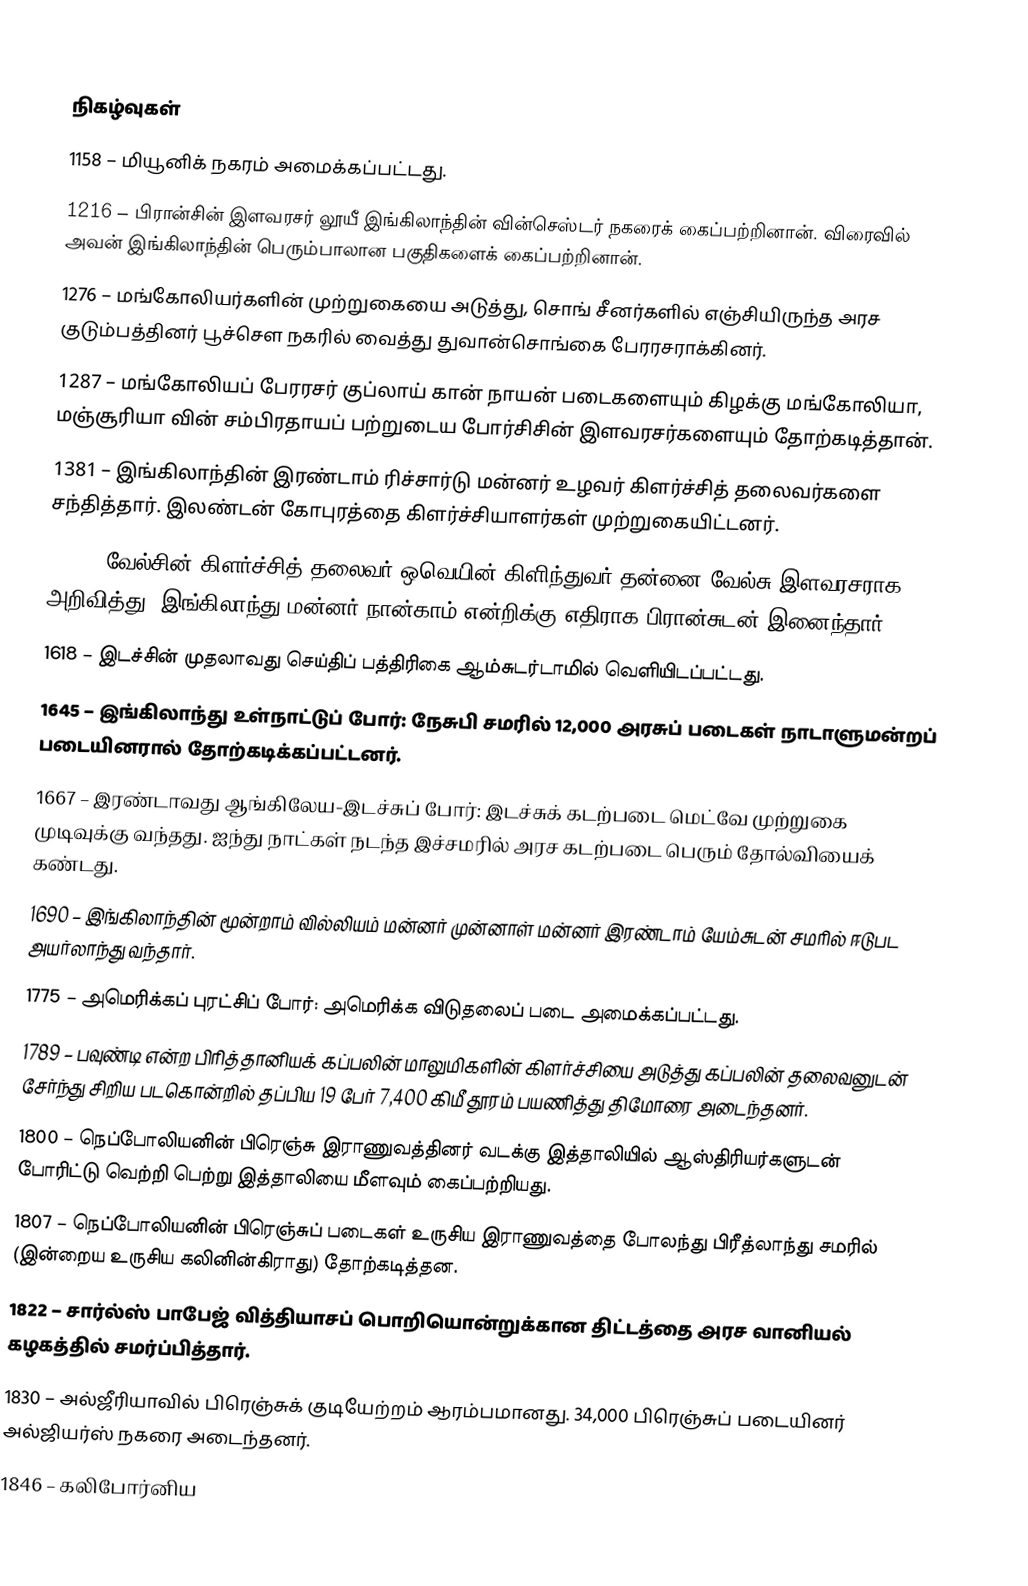

நிகழ்வுகள்
1158 – மியூனிக் நகரம் அமைக்கப்பட்டது.
1216 – பிரான்சின் இளவரசர் லூயீ இங்கிலாந்தின் வின்செஸ்டர் நகரைக் கைப்பற்றினான். விரைவில் அவன் இங்கிலாந்தின் பெரும்பாலான பகுதிகளைக் கைப்பற்றினான்.
1276 – மங்கோலியர்களின் முற்றுகையை அடுத்து, சொங் சீனர்களில் எஞ்சியிருந்த அரச குடும்பத்தினர் பூச்சௌ நகரில் வைத்து துவான்சொங்கை பேரரசராக்கினர்.
1287 – மங்கோலியப் பேரரசர் குப்லாய் கான் நாயன் படைகளையும் கிழக்கு மங்கோலியா, மஞ்சூரியா வின் சம்பிரதாயப் பற்றுடைய போர்சிசின் இளவரசர்களையும் தோற்கடித்தான்.
1381 – இங்கிலாந்தின் இரண்டாம் ரிச்சார்டு மன்னர் உழவர் கிளர்ச்சித் தலைவர்களை சந்தித்தார். இலண்டன் கோபுரத்தை கிளர்ச்சியாளர்கள் முற்றுகையிட்டனர்.
1404 – வேல்சின் கிளர்ச்சித் தலைவர் ஒவெயின் கிளிந்துவர் தன்னை வேல்சு இளவரசராக அறிவித்து, இங்கிலாந்து மன்னர் நான்காம் என்றிக்கு எதிராக பிரான்சுடன் இனைந்தார்.
1618 – இடச்சின் முதலாவது செய்திப் பத்திரிகை ஆம்சுடர்டாமில் வெளியிடப்பட்டது.
1645 – இங்கிலாந்து உள்நாட்டுப் போர்: நேசுபி சமரில் 12,000 அரசுப் படைகள் நாடாளுமன்றப் படையினரால் தோற்கடிக்கப்பட்டனர்.
1667 – இரண்டாவது ஆங்கிலேய-இடச்சுப் போர்: இடச்சுக் கடற்படை மெட்வே முற்றுகை முடிவுக்கு வந்தது. ஐந்து நாட்கள் நடந்த இச்சமரில் அரச கடற்படை பெரும் தோல்வியைக் கண்டது.
1690 – இங்கிலாந்தின் மூன்றாம் வில்லியம் மன்னர் முன்னாள் மன்னர் இரண்டாம் யேம்சுடன் சமரில் ஈடுபட அயர்லாந்து வந்தார்.
1775 – அமெரிக்கப் புரட்சிப் போர்: அமெரிக்க விடுதலைப் படை அமைக்கப்பட்டது.
1789 – பவுண்டி என்ற பிரித்தானியக் கப்பலின் மாலுமிகளின் கிளர்ச்சியை அடுத்து கப்பலின் தலைவனுடன் சேர்ந்து சிறிய படகொன்றில் தப்பிய 19 பேர் 7,400 கிமீ தூரம் பயணித்து திமோரை அடைந்தனர்.
1800 – நெப்போலியனின் பிரெஞ்சு இராணுவத்தினர் வடக்கு இத்தாலியில் ஆஸ்திரியர்களுடன் போரிட்டு வெற்றி பெற்று இத்தாலியை மீளவும் கைப்பற்றியது.
1807 – நெப்போலியனின் பிரெஞ்சுப் படைகள் உருசிய இராணுவத்தை போலந்து பிரீத்லாந்து சமரில் (இன்றைய உருசிய கலினின்கிராது) தோற்கடித்தன.
1822 – சார்ல்ஸ் பாபேஜ் வித்தியாசப் பொறியொன்றுக்கான திட்டத்தை அரச வானியல் கழகத்தில் சமர்ப்பித்தார்.
1830 – அல்ஜீரியாவில் பிரெஞ்சுக் குடியேற்றம் ஆரம்பமானது. 34,000 பிரெஞ்சுப் படையினர் அல்ஜியர்ஸ் நகரை அடைந்தனர்.
1846 – கலிபோர்னிய